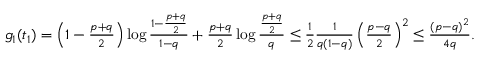
\begin{array} { r } { g _ { 1 } ( t _ { 1 } ) = \left( 1 - \frac { p + q } { 2 } \right) \log \frac { 1 - \frac { p + q } { 2 } } { 1 - q } + \frac { p + q } { 2 } \log \frac { \frac { p + q } { 2 } } { q } \leq \frac { 1 } { 2 } \frac { 1 } { q ( 1 - q ) } \left( \frac { p - q } { 2 } \right) ^ { 2 } \leq \frac { ( p - q ) ^ { 2 } } { 4 q } . } \end{array}